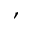
,